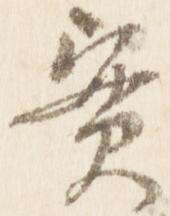
実